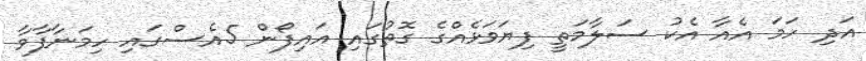
އަދި ހަމަ އެއާ އެކު ސަލާމަތީ ފިޔަވަޅެއްގެ ގޮތުގައި އައިފޯން 5އެސްގައި ހިމަނާފާވާ